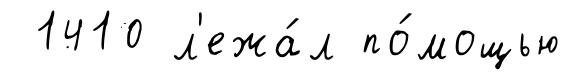
1410 л'ежа́л по́мощью